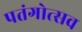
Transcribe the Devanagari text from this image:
पतंगोत्सव